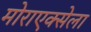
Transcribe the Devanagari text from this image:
मोराएक्सेला